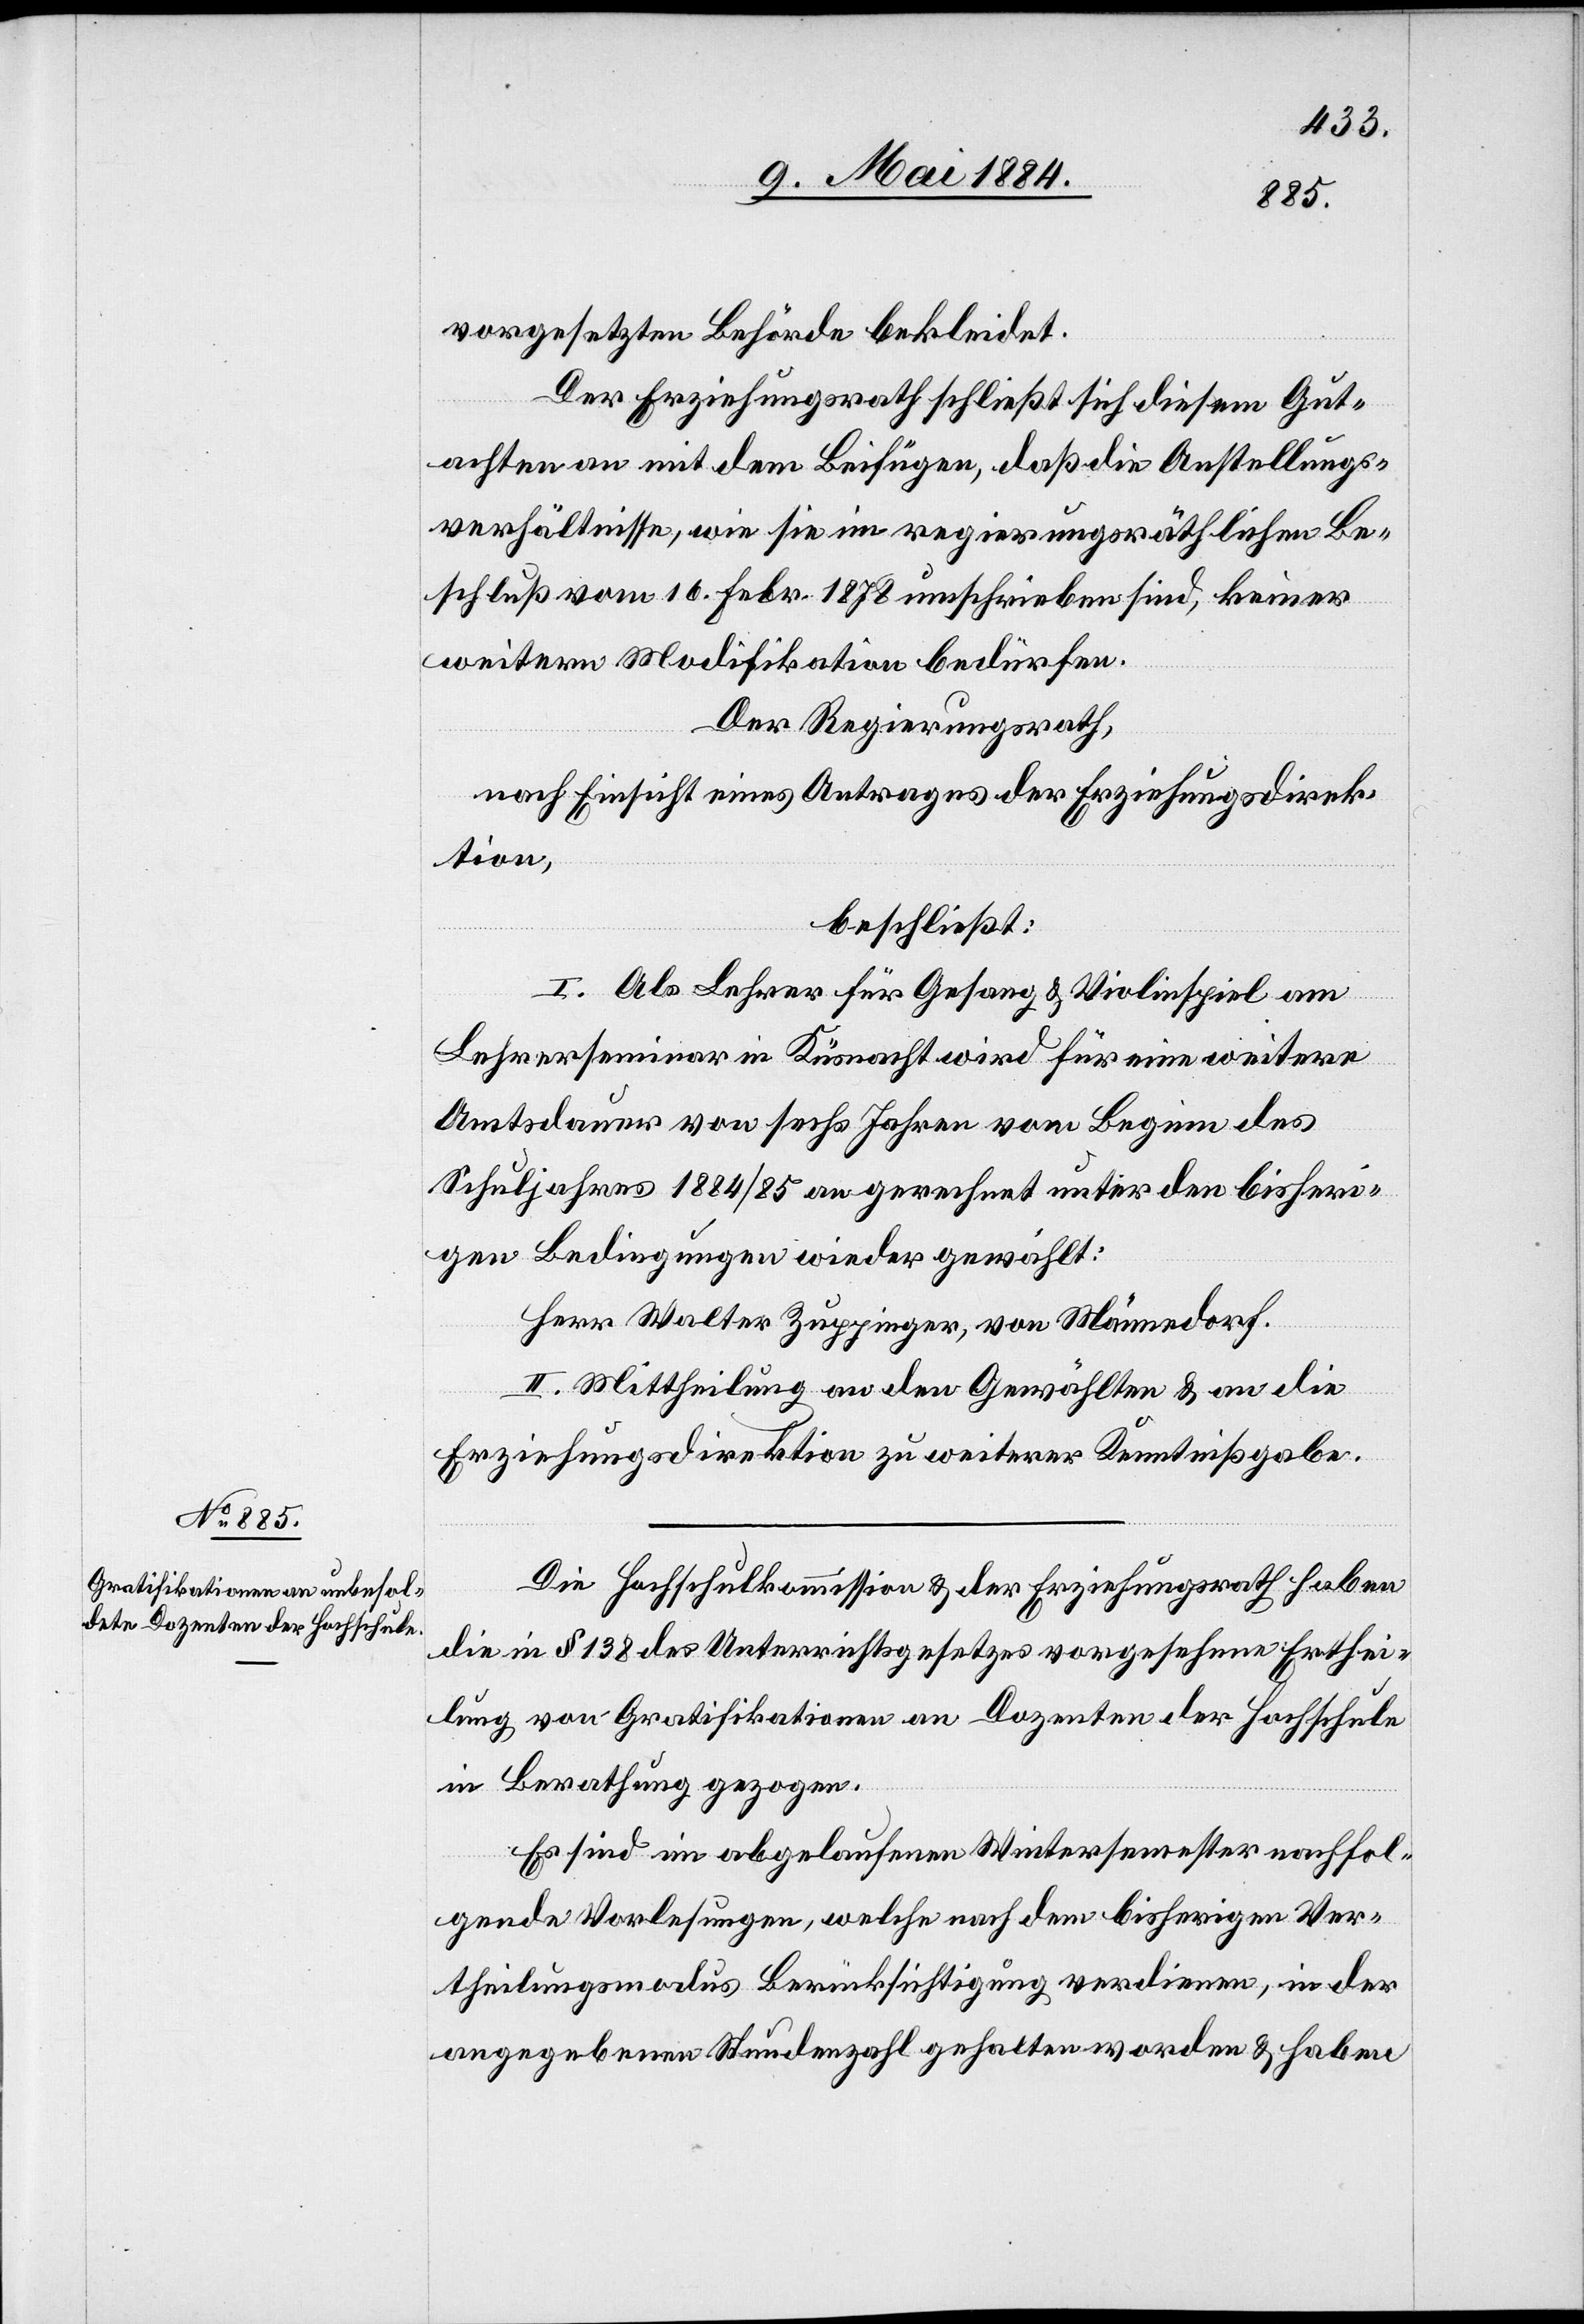
vorgesetzten Behörde bekleidet.
Der Erziehungsrath schließt sich diesem Gut¬
achten an mit dem Beifügen, daß die Anstellungs¬
verhältnisse, wie sei im regierungsräthlichen Be¬
schluß vom 16. Febr. 1878 umschrieben sind, keiner
weitern Modifikation bedürfen:
Der Regierungsrath,
nach Einsicht eines Antrages der Erziehungsdirek¬
tion,
beschließt:
I. Als Lehrer für Gesang & Violinspiel am
Lehrerseminar in Küsnacht wird für eine weitere
Amtsdauer von sechs Jahren von Beginn des
Schuljahres 1884/85 an gerechnet unter den bisheri¬
gen Bedingungen wieder gewählt:
Herr Walter Zuppinger, von Männedorf.
II. Mittheilung an den Gewählten & an die
Erziehungsdirektion zu weiterer Kenntnißgabe.
Die Hochschulkommission & der Erziehungsrath haben
die in § 138 des Unterrichtsgesetzes vorgesehene Erthei¬
lung von Gratifikationen an Dozenten der Hochschule
in Berathung gezogen.
Es sind im abgelaufenen Wintersemester nachfol¬
gende Vorlesungen, welche nach dem bisherigen Ver¬
theilungsmodus Berücksichtigung verdienen, in der
angegebenen Stundenzahl gehalten worden & haben